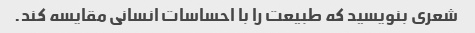
شعری بنویسید که طبیعت را با احساسات انسانی مقایسه کند.